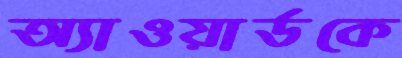
অ্যাওয়ার্ডকে